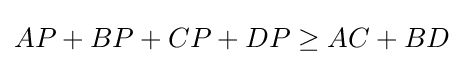
AP+BP+CP+DP\geq AC+BD